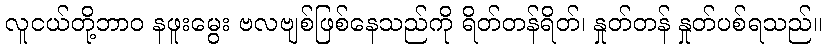
လူငယ်တို့ဘာဝ နဖူးမွေး ဗလဗျစ်ဖြစ်နေသည်ကို ရိတ်တန်ရိတ်၊ နှုတ်တန် နှုတ်ပစ်ရသည်။